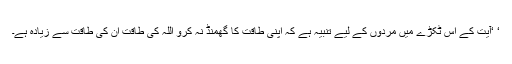
‘ ‘آیت کے اس ٹکڑے میں مردوں کے لیے تنبیہ ہے کہ اپنی طاقت کا گھمنڈ نہ کرو اللہ کی طاقت ان کی طاقت سے زیادہ ہے۔